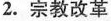
2. 宗教改革